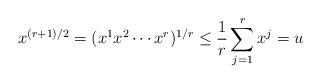
LaTeX: \begin{align*} x^{(r+1)/2}=(x^1 x^2\cdots x^r)^{1/r}\leq {1\over r}\sum_{j=1}^r x^j=u \end{align*}